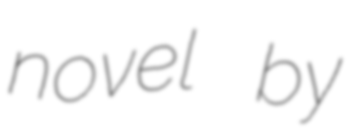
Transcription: novel by